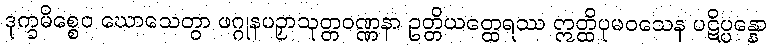
ဒုက္ခမိစ္စေဝ ဃောသေတွာ ဖဂ္ဂုနပဉှာသုတ္တဝဏ္ဏနာ ဥတ္တိယတ္ထေရဿ ဣတ္ထိပုမဝသေန ပဋိပ္ပန္နော